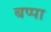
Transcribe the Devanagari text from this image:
बप्‍पा